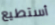
أستطيع